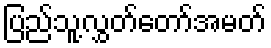
ပြည်သူ့လွှတ်တော်အမတ်